Lunatic asylums Bombay report 1878-1890 - 1878-1890
Year: 1878
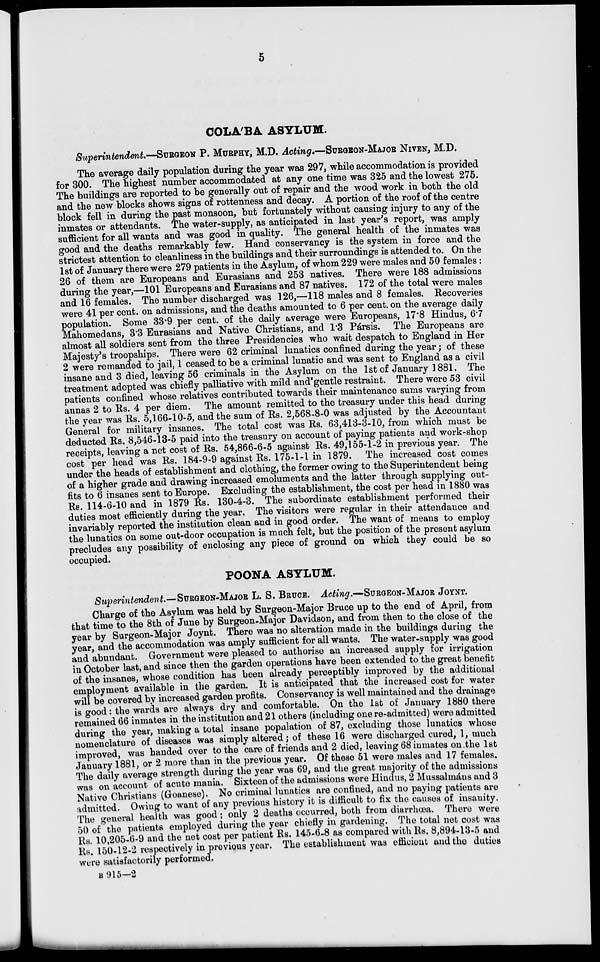
5
COLA'BA ASYLUM.
Superintendent.—SURGEON P. MURPHY, M.D. Acting.—SURGEON-MAJOR NIVEN, M.D.
The average daily population during the year was 297, while accommodation is provided
for 300. The highest number accommodated at any one time was 325 and the lowest 275.
The buildings are reported to be generally out of repair and the wood work in both the old
and the new blocks shows signs of rottenness and decay. A portion of the roof of the centre
block fell in during the past monsoon, but fortunately without causing injury to any of the
inmates or attendants. The water-supply, as anticipated in last year's report, was amply
sufficient for all wants and was good in quality. The general health of the inmates was
good and the deaths remarkably few. Hand conservancy is the system in force and the
strictest attention to cleanliness in the buildings and their surroundings is attended to. On the
1st of January there were 279 patients in the Asylum, of whom 229 were males and 50 females :
26 of them are Europeans and Eurasians and 253 natives. There were 188 admissions
during the year,—101 Europeans and Eurasians and 87 natives. 172 of the total were males
and 16 females. The number discharged was 126,—118 males and 8 females. Recoveries
were 41 per cent. on admissions, and the deaths amounted to 6 per cent. on the average daily
population. Some 33.9 per cent. of the daily average were Europeans, 17.8 Hindus, 6.7
Mahomedans, 3.3 Eurasians and Native Christians, and 1.3 Pársis. The Europeans are
almost all soldiers sent from the three Presidencies who wait despatch to England in Her
Majesty's troopships. There were 62 criminal lunatics confined during the year; of these
2 were remanded to jail, 1 ceased to be a criminal lunatic and was sent to England as a civil
insane and 3 died, leaving 56 criminals in the Asylum on the 1st of January 1881. The
treatment adopted was chiefly palliative with mild and gentle restraint. There were 53 civil
patients confined whose relatives contributed towards their maintenance sums varying from
annas 2 to Rs. 4 per diem. The amount remitted to the treasury under this head during
the year was Rs. 5,166-10-5, and the sum of Rs. 2,568-8-0 was adjusted by the Accountant
General for military insanes. The total cost was Rs. 63,413-3-10, from which must be
deducted Rs. 8,546-13-5 paid into the treasury on account of paying patients and work-shop
receipts, leaving a net cost of Rs. 54,866-6-5 against Rs. 49,155-1-2 in previous year. The
cost per head was Rs. 184-9-9 against Rs. 175-1-1 in 1879. The increased cost comes
under the heads of establishment and clothing, the former owing to the Superintendent being
of a higher grade and drawing increased emoluments and the latter through supplying out-
fits to 6 insanes sent to Europe. Excluding the establishment, the cost per head in 1880 was
Rs. 114-6-10 and in 1879 Rs. 130-4-3. The subordinate establishment performed their
duties most efficiently during the year. The visitors were regular in their attendance and
invariably reported the institution clean and in good order. The want of means to employ
the lunatics on some out-door occupation is much felt, but the position of the present asylum
precludes any possibility of enclosing any piece of ground on which they could be so
occupied.
POONA ASYLUM.
Superintendent.—SURGEON-MAJOR L. S. BRUCE. Acting.—SURGEON-MAJOR JOYNT.
Charge of the Asylum was held by Surgeon-Major Bruce up to the end of April, from
that time to the 8th of June by Surgeon-Major Davidson, and from then to the close of the
year by Surgeon-Major Joynt. There was no alteration made in the buildings during the
year, and the accommodation was amply sufficient for all wants. The water-supply was good
and abundant. Government were pleased to authorise an increased supply for irrigation
in October last, and since then the garden operations have been extended to the great benefit
of the insanes, whose condition has been already perceptibly improved by the additional
employment available in the garden. It is anticipated that the increased cost for water
will be covered by increased garden profits. Conservancy is well maintained and the drainage
is good: the wards are always dry and comfortable. On the 1st of January 1880 there
remained 66 inmates in the institution and 21 others (including one re-admitted) were admitted
during the year, making a total insane population of 87, excluding those lunatics whose
nomenclature of diseases was simply altered; of these 16 were discharged cured, 1, much
improved, was handed over to the care of friends and 2 died, leaving 68 inmates on the 1st
January 1881, or 2 more than in the previous year. Of these 51 were males and 17 females.
The daily average strength during the year was 69, and the great majority of the admissions
was on account of acute mania. Sixteen of the admissions were Hindus, 2 Mussalmáns and 3
Native Christians (Goanese). No criminal lunatics are confined, and no paying patients are
admitted. Owing to want of any previous history it is difficult to fix the causes of insanity.
The general health was good; only 2 deaths occurred, both from diarrhœa. There were
50 of the patients employed during the year chiefly in gardening. The total net cost was
Rs. 10,205-6-9 and the net cost per patient Rs. 145-6-8 as compared with Rs. 8,894-13-5 and
Rs. 150-12-2 respectively in previous year. The establishment was efficient and the duties
were satisfactorily performed.
B 915-2